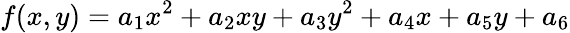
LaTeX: f(x,y)=a_{1}x^{2}+a_{2}xy+a_{3}y^{2}+a_{4}x+a_{5}y+a_{6}